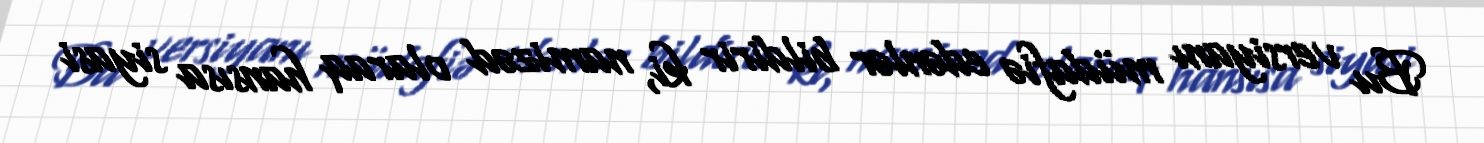
Bu versiyanı müdafiə edənlər bildirir ki, namizəd olaraq hansısa siyasi